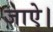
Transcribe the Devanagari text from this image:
जाऐ।